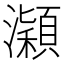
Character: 𤃡